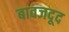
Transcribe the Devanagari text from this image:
बावजदूद